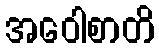
အဝေါစာတိ